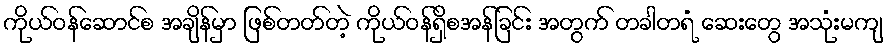
ကိုယ်ဝန်ဆောင်စ အချိန်မှာ ဖြစ်တတ်တဲ့ ကိုယ်ဝန်ရှိစအန်ခြင်း အတွက် တခါတရံ ဆေးတွေ အသုံးမကျ